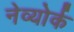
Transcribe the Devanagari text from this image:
नेव्योर्क